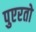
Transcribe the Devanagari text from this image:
पुएरतो